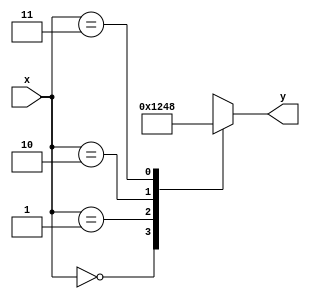
module decoder2x4 (
    // input wire [WIDTH-1 : 0] x,
    input wire [1 : 0] x,

    // output wire [(1<<WIDTH-1 : 0] y
    output reg [3 : 0] y

);
    always @(x) begin
        case(x)
            2'b00 : y =  4'b0001;
            2'b01 : y =  4'b0010;
            2'b10 : y =  4'b0100;
            2'b11 : y =  4'b1000;
        endcase
    end
endmodule